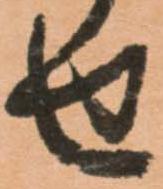
せ